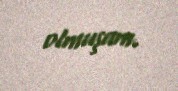
olmuşam.